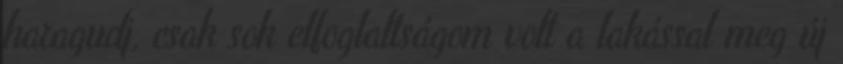
haragudj, csak sok elfoglaltságom volt a lakással meg új